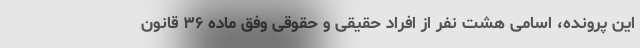
این پرونده، اسامی هشت نفر از افراد حقیقی و حقوقی وفق ماده ۳۶ قانون